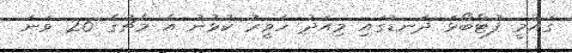
ގައުމީ ފުޓްބޯޅަ ދަނޑުގައި މިއަދު ހަވީރު ކުޅުނު އެ މެޗުގެ 26 ވަނަ